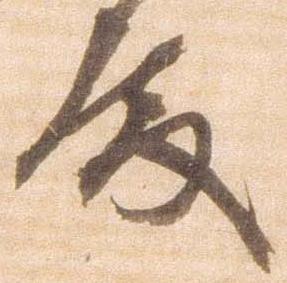
殿